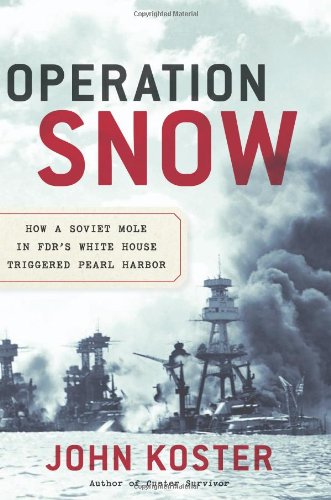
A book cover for Operation Snow: How a Soviet Mole in FDR's White House Triggered Pearl Harbor; John Koster; Biographies & Memoirs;